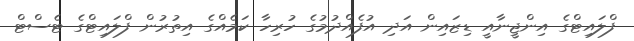
ފްލައިޓްގެ އިންޖީނާއީ ޑިޒައިން އަދި އުފެއްދުމުގެ ހުރިހާ ކަމެއްގެ އިތުރުން ފްލައިޓްގެ ޓެސްޓް